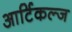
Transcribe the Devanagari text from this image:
आर्टिकल्ज